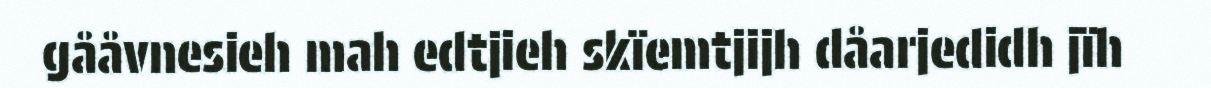
gååvnesieh mah edtjieh skïemtjijh dåarjedidh jïh